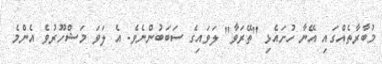
މުބާރާތެއްގައި އޭނާ ހުށައެޅި "ތޭރަވާ" ލަވައިގެ ސަބަބުންނެވެ. އެ ލަވަ މަޝްހޫރުވެ އެންމެ